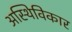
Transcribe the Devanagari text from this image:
अस्थिविकार